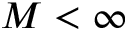
M < \infty